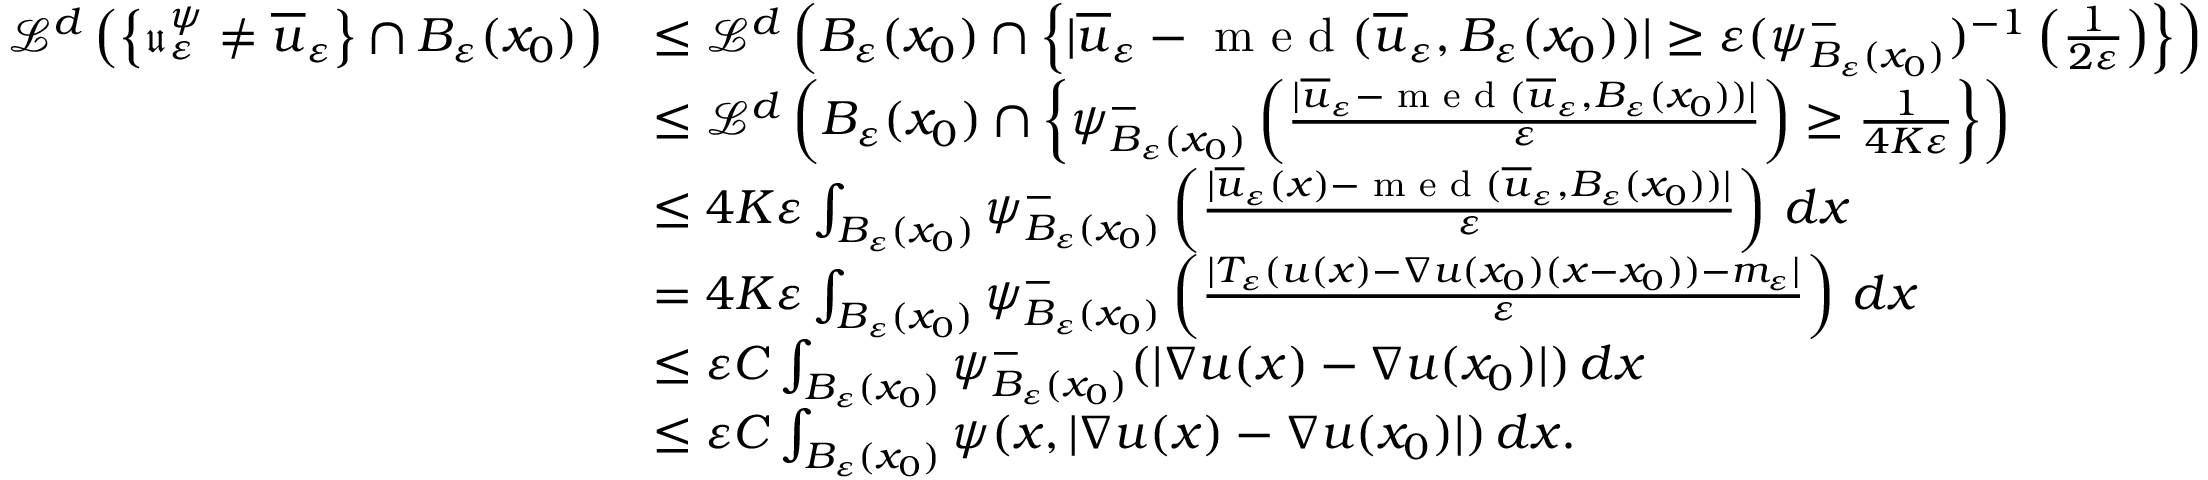
\begin{array} { r l } { \mathcal { L } ^ { d } \left( \left\{ \mathfrak { u } _ { \varepsilon } ^ { \psi } \neq \overline { { u } } _ { \varepsilon } \right\} \cap B _ { \varepsilon } ( x _ { 0 } ) \right) } & { \leq \mathcal { L } ^ { d } \left( B _ { \varepsilon } ( x _ { 0 } ) \cap \left\{ | \overline { { u } } _ { \varepsilon } - \textnormal { m e d } ( \overline { { u } } _ { \varepsilon } , B _ { \varepsilon } ( x _ { 0 } ) ) | \geq \varepsilon ( \psi _ { B _ { \varepsilon } ( x _ { 0 } ) } ^ { - } ) ^ { - 1 } \left( \frac { 1 } { 2 \varepsilon } \right) \right\} \right) } \\ & { \leq \mathcal { L } ^ { d } \left( B _ { \varepsilon } ( x _ { 0 } ) \cap \left\{ \psi _ { B _ { \varepsilon } ( x _ { 0 } ) } ^ { - } \left( \frac { | \overline { { u } } _ { \varepsilon } - \textnormal { m e d } ( \overline { { u } } _ { \varepsilon } , B _ { \varepsilon } ( x _ { 0 } ) ) | } { \varepsilon } \right) \geq \frac { 1 } { 4 K \varepsilon } \right\} \right) } \\ & { \leq 4 K \varepsilon \int _ { B _ { \varepsilon } ( x _ { 0 } ) } \psi _ { B _ { \varepsilon } ( x _ { 0 } ) } ^ { - } \left( \frac { | \overline { { u } } _ { \varepsilon } ( x ) - \textnormal { m e d } ( \overline { { u } } _ { \varepsilon } , B _ { \varepsilon } ( x _ { 0 } ) ) | } { \varepsilon } \right) \, d x } \\ & { = 4 K \varepsilon \int _ { B _ { \varepsilon } ( x _ { 0 } ) } \psi _ { B _ { \varepsilon } ( x _ { 0 } ) } ^ { - } \left( \frac { | T _ { \varepsilon } ( u ( x ) - \nabla u ( x _ { 0 } ) ( x - x _ { 0 } ) ) - m _ { \varepsilon } | } { \varepsilon } \right) \, d x } \\ & { \leq \varepsilon C \int _ { B _ { \varepsilon } ( x _ { 0 } ) } \psi _ { B _ { \varepsilon } ( x _ { 0 } ) } ^ { - } ( | \nabla u ( x ) - \nabla u ( x _ { 0 } ) | ) \, d x } \\ & { \leq \varepsilon C \int _ { B _ { \varepsilon } ( x _ { 0 } ) } \psi ( x , | \nabla u ( x ) - \nabla u ( x _ { 0 } ) | ) \, d x . } \end{array}